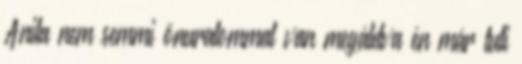
Anita nem semmi önuralommal van megáldva én már tuti